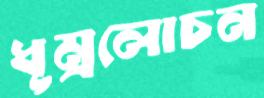
ধূম্রলোচন